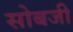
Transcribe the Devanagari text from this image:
सोबजी